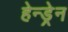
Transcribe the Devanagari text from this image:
हेन्ड्रेन